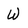
Character: W